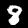
Digit: 8